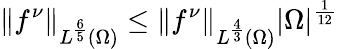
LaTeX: \left\lVert f^{\nu}\right\rVert_{L^{\frac 65}(\Omega)}\le\left\lVert f^{\nu}\right\rVert_{L^{\frac 43}(\Omega)}|\Omega|^{\frac 1{12}}